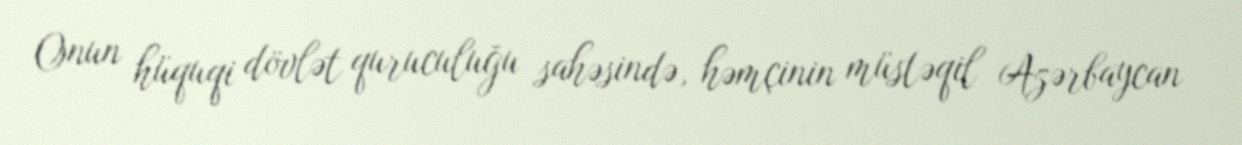
Onun hüquqi dövlət quruculuğu sahəsində, həmçinin müstəqil Azərbaycan